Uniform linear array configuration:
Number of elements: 16
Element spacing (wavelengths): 0.25
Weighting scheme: uniform
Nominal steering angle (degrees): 60
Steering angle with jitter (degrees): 59.86
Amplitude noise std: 0.05
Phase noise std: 0.05

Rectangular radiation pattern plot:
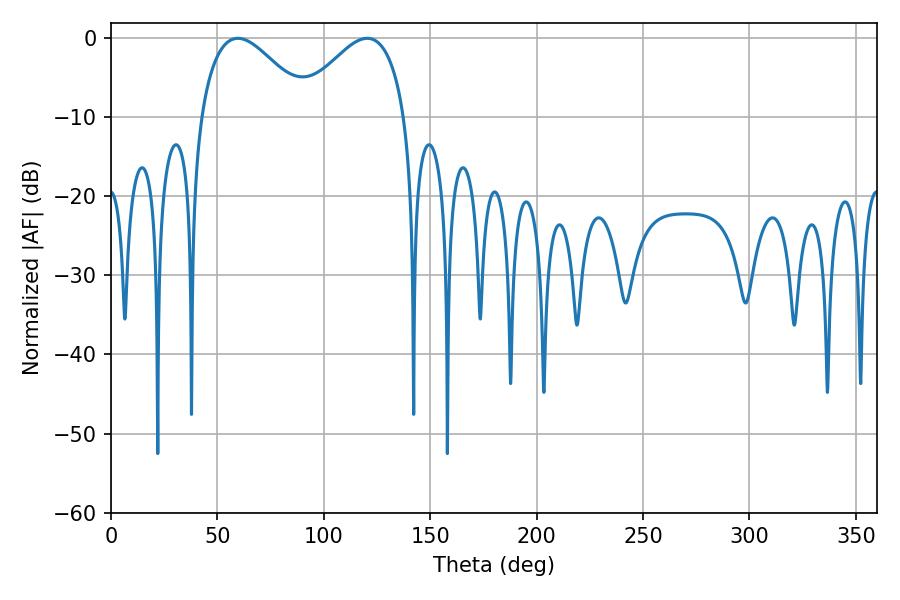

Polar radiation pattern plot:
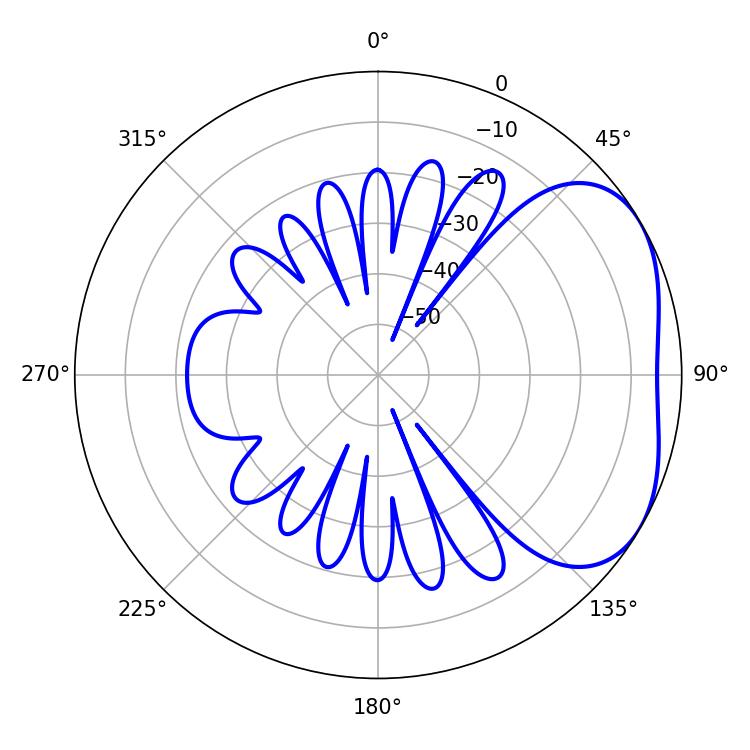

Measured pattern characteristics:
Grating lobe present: FALSE
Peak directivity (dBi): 3.442
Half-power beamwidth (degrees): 27.54
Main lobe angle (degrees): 120.42